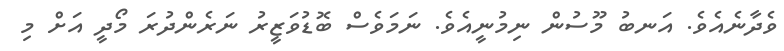
ވެދާނެއެވެ. އަނބު މޫސުން ނިމުނީއެވެ. ނަމަވެސް ބޮޑުވަޒީރު ނަރެންދުރަ މޯދީ އަށް މި